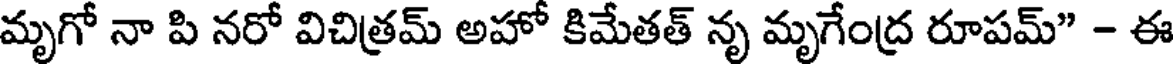
మృగో నా పి నరో విచిత్రమ్ అహో కిమేతత్ నృ మృగేంద్ర రూపమ్" - ఈ